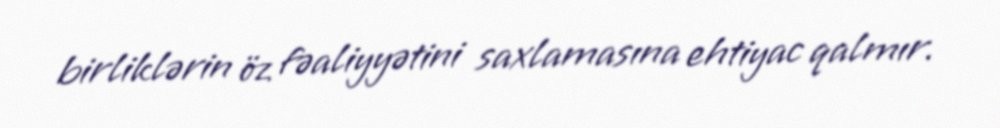
birliklərin öz fəaliyyətini saxlamasına ehtiyac qalmır.